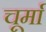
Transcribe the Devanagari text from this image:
चूर्मा